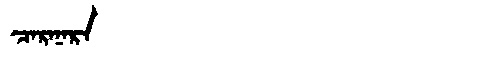
Manchu: ᠴᠠᡵᠠᠨᠠᡵᠠ
Romanization: CARANARA